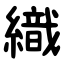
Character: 織